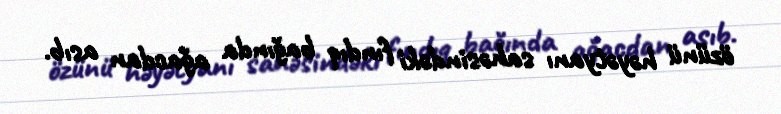
özünü həyətyanı sahəsindəki fındıq bağında ağacdan asıb.